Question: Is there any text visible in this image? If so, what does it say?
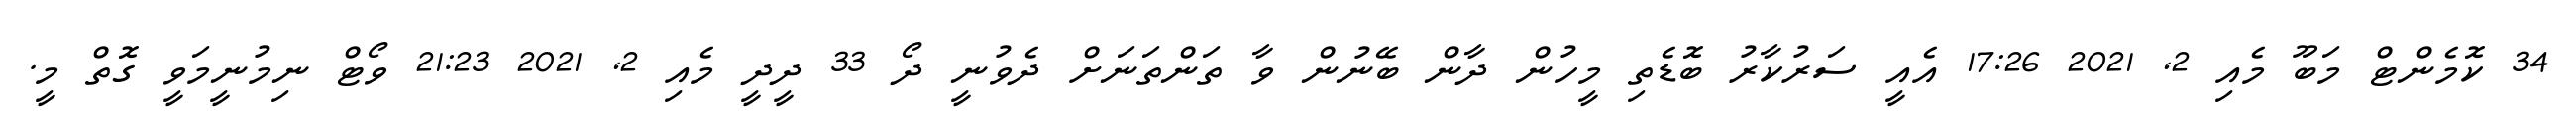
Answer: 34 ކޮމެންޓް މަބޫ މެއި 2, 2021 17:26 އެއީ ސަރުކާރު ބޮޑެތި މީހުން ދާން ބޭނުން ވާ ތަންތަނަށް ދެވުނީ ދޯ 33 ދީދީ މެއި 2, 2021 21:23 ވޯޓް ނިމުނީމަވީ ގޮތް މީ.